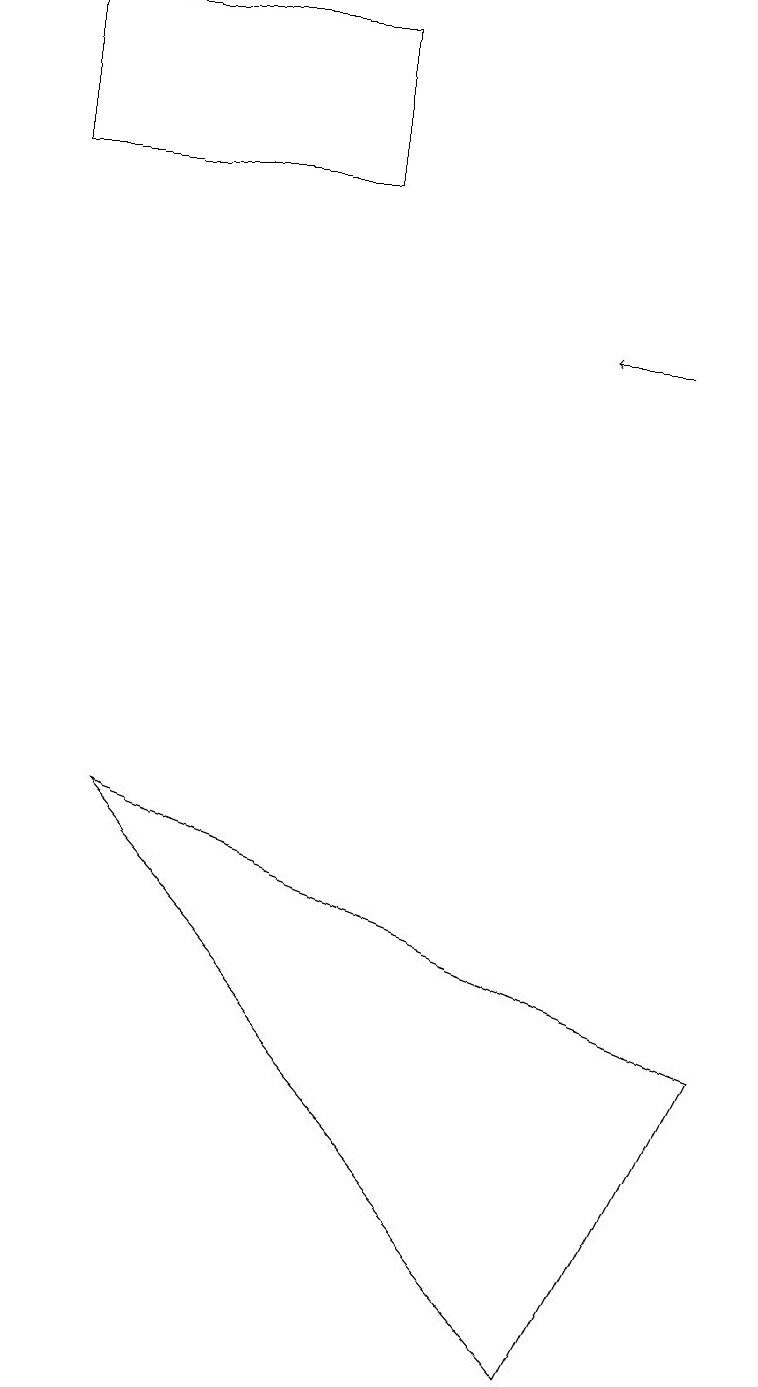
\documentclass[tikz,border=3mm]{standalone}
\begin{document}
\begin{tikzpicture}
\draw (1,8) -- (9,5) -- (7,1) -- cycle;
\draw (0,18) rectangle (4,16);
\draw[->] (8,14) -- (7,14);
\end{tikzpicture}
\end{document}